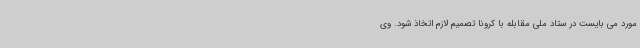
مورد می بایست در ستاد ملی مقابله با کرونا تصمیم لازم اتخاذ شود. وی